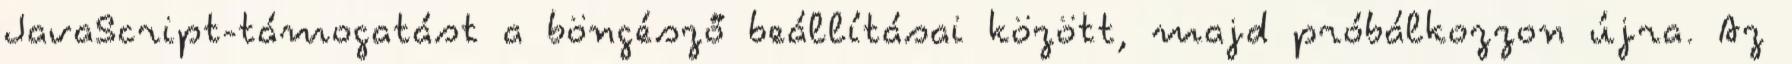
JavaScript-támogatást a böngésző beállításai között, majd próbálkozzon újra. Az